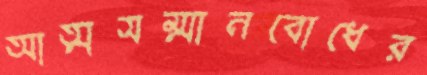
আত্মসম্মানবোধের